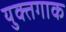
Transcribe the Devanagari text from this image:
युक्तगाक